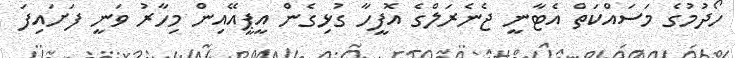
ހޯދުމުގެ މަސައްކަތް އެޓާނީ ޖެނެރަލްގެ އޮފީހާ ގުޅިގެން އީޕީއޭއިން މިހާރު ވަނީ ފަށައިފަ